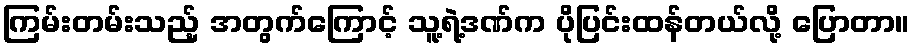
ကြမ်းတမ်းသည့် အတွက်ကြောင့် သူ့ရဲ့ဒဏ်က ပိုပြင်းထန်တယ်လို့ ပြောတာ။